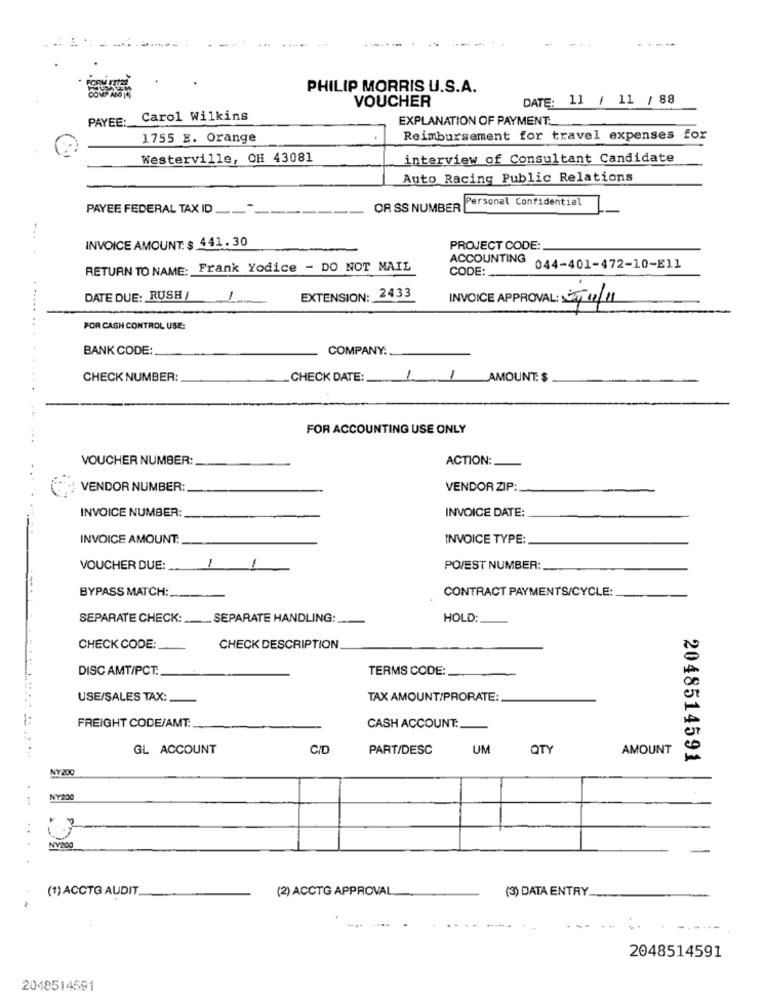
PHILIP MORRIS U.S.A.
VOUCHER
DATE: 11 / 11 / 88
PAYEE: Carol Wilkins
EXPLANATION OF PAYMENT:
1755 E. Orange
Reimbursement for travel expenses for
Westerville, OH 43081
interview of Consultant Candidate
Auto Racing Public Relations
Personal Confidential
PAYEE FEDERAL TAX ID
OR SS NUMBER
INVOICE AMOUNT. $ 441. 30
PROJECT CODE:
ACCOUNTING
RETURN TO NAME: Frank Yodice - DO NOT MAIL
CODE:
044-401-472-10-Ell
DATE DUE: RUSH /
1
EXTENSION: 2433
INVOICE APPROVAL: 1/12/11
FOR CASH CONTROL USE:
BANK CODE:
COMPANY:
CHECK NUMBER:
CHECK DATE:
1. /_AMOUNT: $
FOR ACCOUNTING USE ONLY
VOUCHER NUMBER:
ACTION:
VENDOR NUMBER:
VENDOR ZIP:
INVOICE NUMBER:
INVOICE DATE:
INVOICE AMOUNT:
INVOICE TYPE:
1
VOUCHER DUE:
1
PO/EST NUMBER:
BYPASS MATCH:
CONTRACT PAYMENTS/CYCLE:
SEPARATE CHECK: __. SEPARATE HANDLING:
HOLD
CHECK CODE:
CHECK DESCRIPTION
DISC AMT/PCT.
TERMS CODE:
USE/SALES TAX:
TAX AMOUNT/PRORATE
FREIGHT CODE/AMT:
CASH ACCOUNT :.
GL ACCOUNT
C/D
PART/DESC
UM
QTY
AMOUNT
2048514591
NY200
...
NY200
NV200
(1) ACCTG AUDIT
(2) ACCTG APPROVAL
(3) DATA ENTRY.
2048514591
2048514591